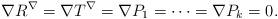
LaTeX: \begin{align*}\nabla R^{\nabla}=\nabla T^{\nabla}=\nabla P_1=\cdots=\nabla P_k=0.\end{align*}